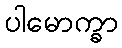
ပါမောက္ခာ